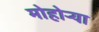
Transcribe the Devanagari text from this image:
मोहोऱ्या